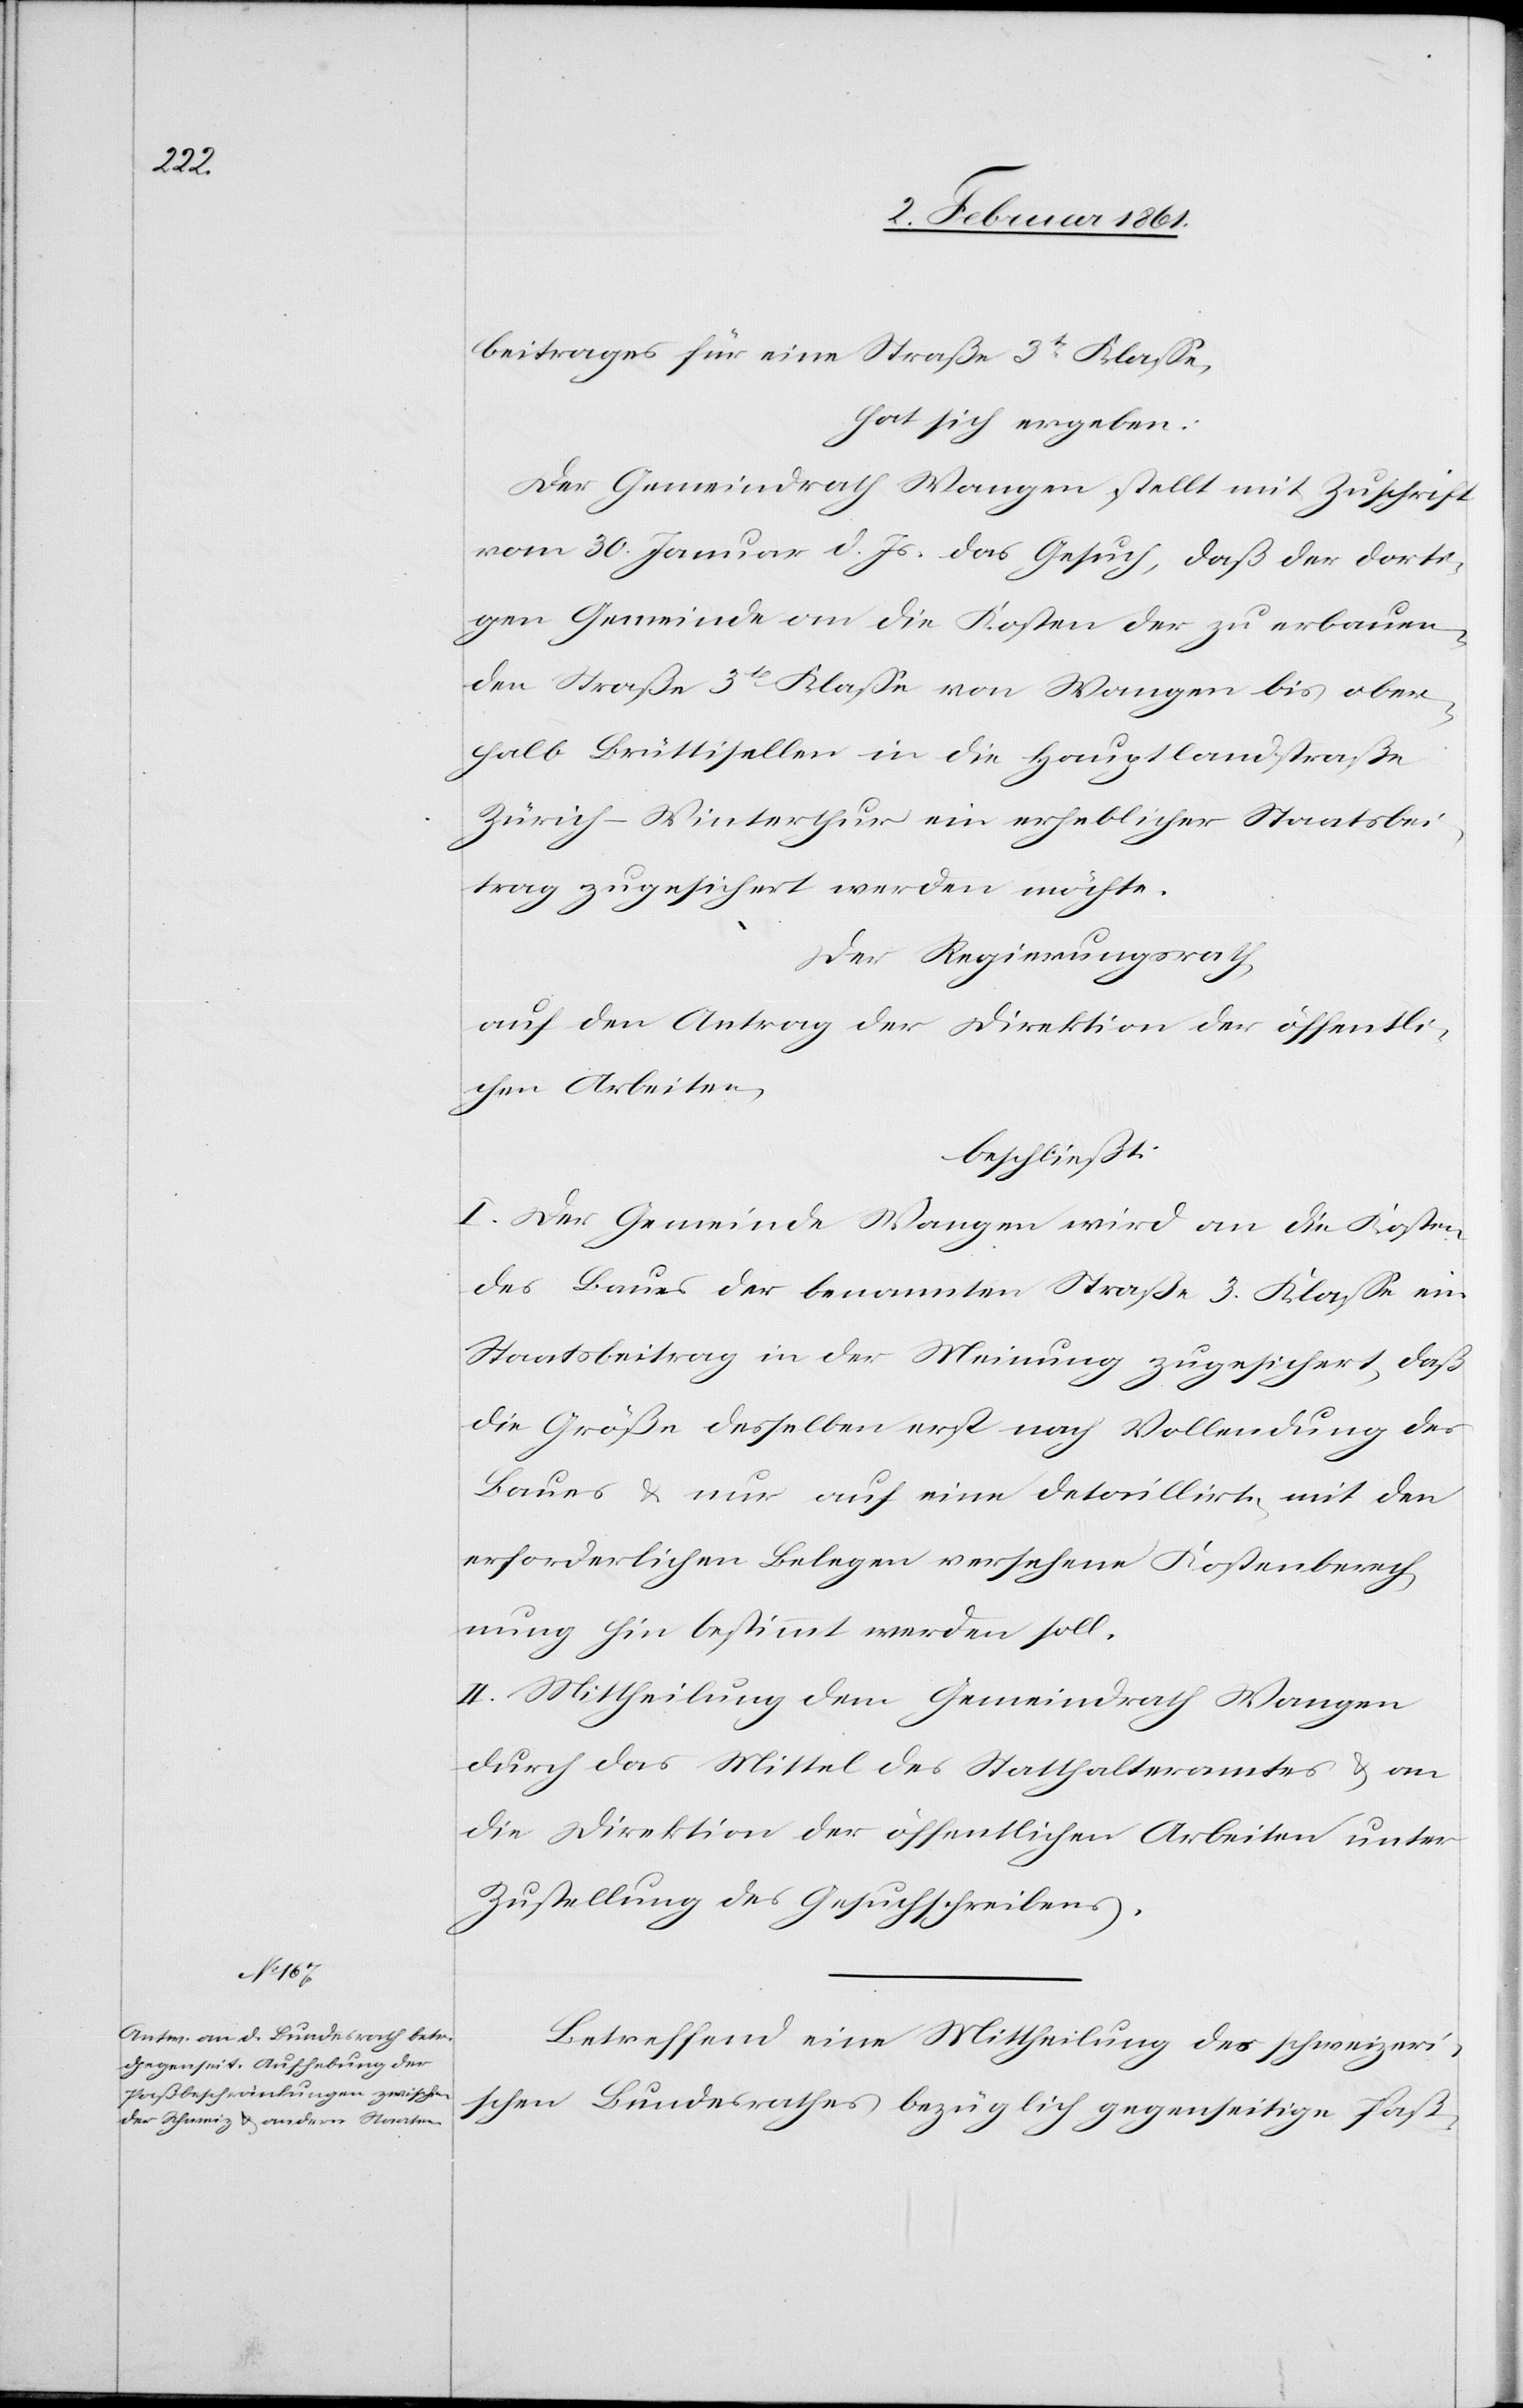
beitrages für eine Straße 3t Klasse,
hat sich ergeben:
Der Gemeindrath Wangen stellt mit Zuschrift
vom 30. Januar d. Js. das Gesuch, daß der dorti¬
gen Gemeinde an die Kosten der zu erbauen¬
den Straße 3t Klasse von Wangen bis ober¬
halb Brüttisellen in die Hauptlandstraße
Zürich–Winterthur ein erheblicher Staatsbei¬
trag zugesichert werden möchte.
Der Regierungsrath,
auf den Antrag der Direktion der öffentli¬
chen Arbeiten,
beschließt:
I. Der Gemeinde Wangen wird an die Kosten
des Baues der benannten Straße 3. Klasse ein
Staatsbeitrag in der Meinung zugesichert, daß
die Größe desselben erst nach Vollendung des
Baues u. nur auf eine detaillirte, mit den
erforderlichen Belegen versehene Kostenberech¬
nung hin bestimmt werden soll.
II. Mittheilung dem Gemeindrath Wangen
durch das Mittel des Statthalteramtes u. an
die Direktion der öffentlichen Arbeiten unter
Zustellung des Gesuchsschreibens.
Betreffend eine Mittheilung des schweizeri¬
schen Bundesrathes bezüglich gegenseitige Paß-